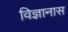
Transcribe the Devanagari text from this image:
विज्ञानास